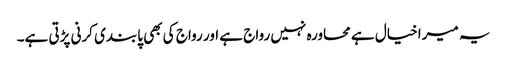
یہ میرا خیال ہے محاورہ نہیں رواج ہے اور رواج کی بھی پابندی کرنی پڑتی ہے۔